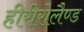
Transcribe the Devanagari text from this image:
हीरीरोलैण्ड